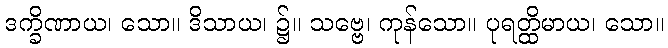
ဒက္ခိဏာယ၊ သော။ ဒိသာယ၊ ၌။ သဗ္ဗေ၊ ကုန်သော။ ပုရတ္ထိမာယ၊ သော။